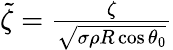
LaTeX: \begin{array}{r}{\tilde{\zeta}=\frac{\zeta}{\sqrt{\sigma\rho R\cos\theta_{0}}}}\end{array}